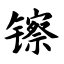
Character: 镲